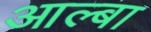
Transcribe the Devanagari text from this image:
आल्बा